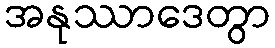
အနုဿာဒေတွာ